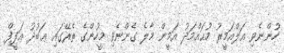
ހުންނެވި އަލްއަމީރު މުޙައްމަދު އަމީން މާލެ ގެންނެވި މީހުންގެ ތެރޭގައި ޢަބުދު ޢަފީފް